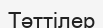
Тәттілер